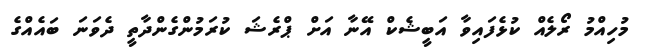
މުހިއްމު ރޯލެއް ކުޅެފައިވާ އަބީޝެކް އޭނާ އަށް ޕްރެޝަ ކުރަމުންގެންދާތީ ދެވަނަ ބައެއްގެ